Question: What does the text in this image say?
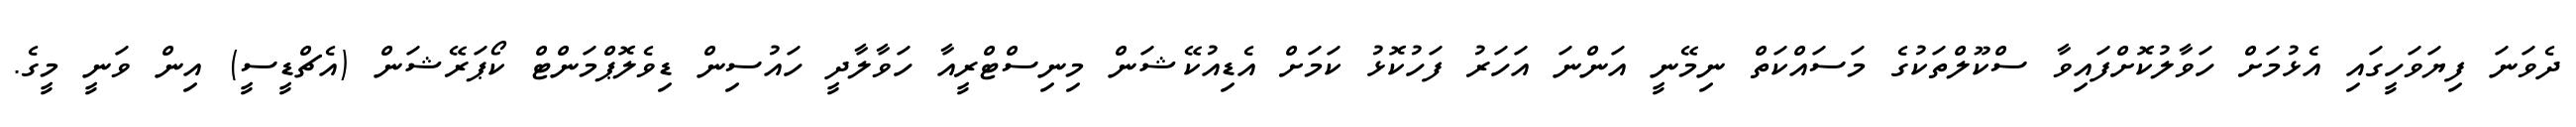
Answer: ދެވަނަ ފިޔަވަހީގައި އެޅުމަށް ހަވާލުކޮށްފައިވާ ސްކޫލްތަކުގެ މަސައްކަތް ނިމޭނީ އަންނަ އަހަރު ފަހުކޮޅު ކަމަށް އެޑިއުކޭޝަން މިނިސްޓްރީއާ ހަވާލާދީ ހައުސިން ޑިވެލޮޕްމަންޓް ކޯޕަރޭޝަން (އެޗްޑީސީ) އިން ވަނީ މީގެ.